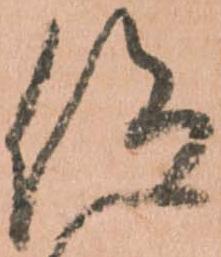
仰